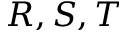
R , S , T